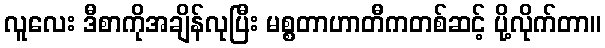
လူလေး ဒီစာကိုအချိန်လုပြီး မစ္စတာဟာတီကတစ်ဆင့် ပို့လိုက်တာ။